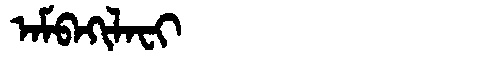
Manchu: ᠠᠮᠪᠠᡴᡳᠯᠠᠸᡳ
Romanization: AMBAKILAFI